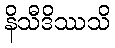
နိသီဒိဿသိ